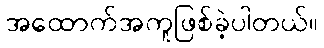
အထောက်အကူဖြစ်ခဲ့ပါတယ်။